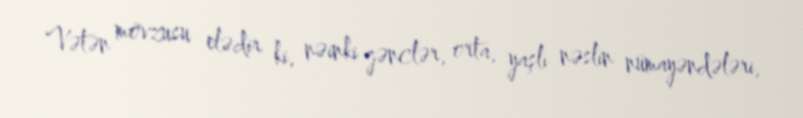
Vətən mövzusu elədir ki, nəinki gənclər, orta, yaşlı nəslin nümayəndələri,